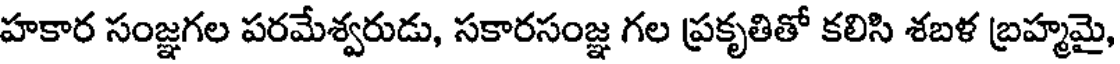
హకార సంజ్ఞగల పరమేశ్వరుడు, సకారసంజ్ఞ గల ప్రకృతితో కలిసి శబళ బ్రహ్మమై,